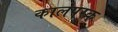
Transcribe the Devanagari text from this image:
कालपरक